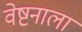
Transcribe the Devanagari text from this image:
वेष्टनाला